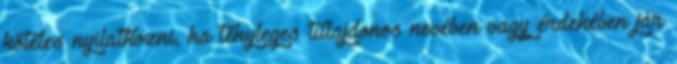
köteles nyilatkozni, ha tényleges tulajdonos nevében vagy érdekében jár